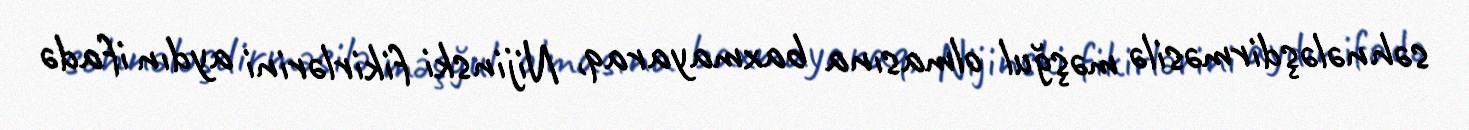
səhnələşdirməsilə məşğul olmasına baxmayaraq, Nijinski fikirlərini aydın ifadə